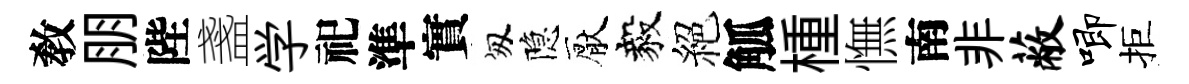
敎朋陛盞学祀準實匆隐厭毅絕觚㮔憮南非蔽唧拒